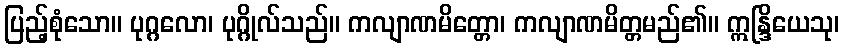
ပြည့်စုံသော။ ပုဂ္ဂလော၊ ပုဂ္ဂိုလ်သည်။ ကလျာဏမိတ္တော၊ ကလျာဏမိတ္တမည်၏။ ဣန္ဒြိယေသု၊